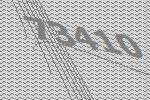
73410